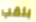
بلقب